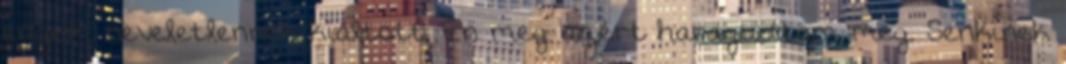
engem neveletlennek kiáltott. Én meg azért haragudtam meg. Senkinek